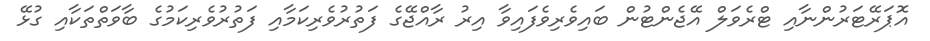
އޮޕަރޭޓަރުންނާއި ޓްރެވަލް އޭޖެންޓުން ބައިވެރިވެފައިވާ އިރު ރާއްޖޭގެ ފަތުރުވެރިކަމާއި ފަތުރުވެރިކަމުގެ ބާވަތްތަކާއި ގުޅޭ